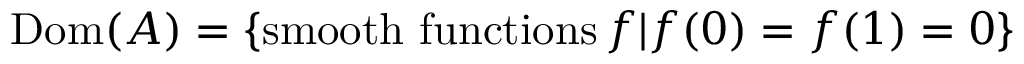
\operatorname { D o m } ( A ) = \left\{ { \mathrm { s m o o t h ~ f u n c t i o n s } } \, f | f ( 0 ) = f ( 1 ) = 0 \right\}